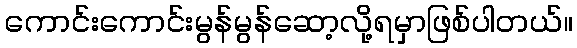
ကောင်းကောင်းမွန်မွန်ဆော့လို့ရမှာဖြစ်ပါတယ်။